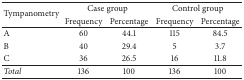
<table><thead><tr><td rowspan="2"><b>Tympanometry </b></td><td colspan="2"><b>Case group</b></td><td colspan="2"><b>Control group</b></td></tr><tr><td><b>Frequency</b></td><td><b>Percentage</b></td><td><b>Frequency</b></td><td><b>Percentage</b></td></tr></thead><tbody><tr><td>A</td><td>60</td><td>44.1</td><td>115</td><td>84.5</td></tr><tr><td>B</td><td>40</td><td>29.4</td><td>5</td><td>3.7</td></tr><tr><td>C</td><td>36</td><td>26.5</td><td>16</td><td>11.8</td></tr><tr><td><i>Total</i></td><td>136</td><td>100</td><td>136</td><td>100</td></tr></tbody></table>